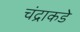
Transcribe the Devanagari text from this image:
चंद्राकडे